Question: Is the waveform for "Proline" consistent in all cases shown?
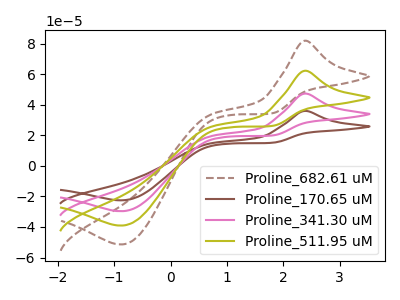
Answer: <think>The brown dashed curve "Proline_682.61 uM" has an anodic peak at (2.40V, 141.70uA) and a cathodic peak at (-0.85V, -89.15uA). The brown curve "Proline_170.65 uM" has an anodic peak at (2.40V, 35.90uA) and a cathodic peak at (-0.85V, -22.60uA). The pink curve "Proline_341.30 uM" has an anodic peak at (2.40V, 47.25uA) and a cathodic peak at (-0.85V, -29.70uA). The olive curve "Proline_511.95 uM" has an anodic peak at (2.40V, 94.50uA) and a cathodic peak at (-0.85V, -59.45uA).
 All the peaks in "Proline_682.61 uM" have a peak in "Proline_170.65 uM" at the same potential. Every peak in "Proline_682.61 uM" is higher than every peak in "Proline_170.65 uM". All the peaks in "Proline_682.61 uM" have a peak in "Proline_341.30 uM" at the same potential. Every peak in "Proline_682.61 uM" is higher than every peak in "Proline_341.30 uM". All the peaks in "Proline_682.61 uM" have a peak in "Proline_511.95 uM" at the same potential. Every peak in "Proline_682.61 uM" is higher than every peak in "Proline_511.95 uM". All the peaks in "Proline_170.65 uM" have a peak in "Proline_341.30 uM" at the same potential. Every peak in "Proline_170.65 uM" is lower than every peak in "Proline_341.30 uM". All the peaks in "Proline_170.65 uM" have a peak in "Proline_511.95 uM" at the same potential. Every peak in "Proline_170.65 uM" is lower than every peak in "Proline_511.95 uM". All the peaks in "Proline_341.30 uM" have a peak in "Proline_511.95 uM" at the same potential. Every peak in "Proline_341.30 uM" is lower than every peak in "Proline_511.95 uM".</think>
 <answer>All the CV's of "Proline" have similar shape.</answer>
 <eval>follow_rule</eval>